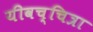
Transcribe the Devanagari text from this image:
यीवच्चित्रा